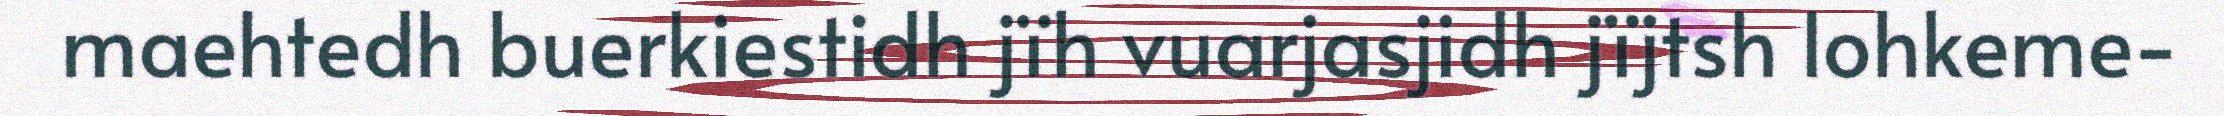
maehtedh buerkiestidh jïh vuarjasjidh jïjtsh lohkeme-